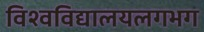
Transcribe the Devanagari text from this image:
विश्वविद्यालयलगभग